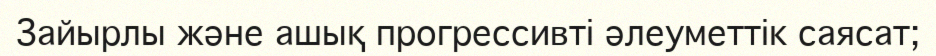
Зайырлы және ашық прогрессивті әлеуметтік саясат;